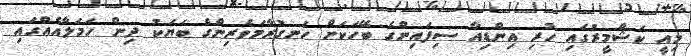
މިއީ ކަޝްމީރުގައި ހުރި އިންޑިއާ ސިފައިންގެ ބޭހަކަށް ހަނގުރާމަވެރިންގެ ބަޔަކު ދިން ހަމަލާއެއްގައި